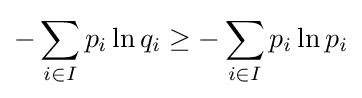
-\sum _{i\in I}p_{i}\ln q_{i}\geq -\sum _{i\in I}p_{i}\ln p_{i}